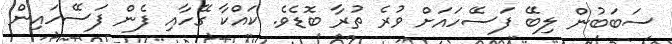
ސަބަބުން ލިބޭ ފަސޭހައަށް ވުރެ ތުރާ ބޮޑެވެ. ކައްކާ ގޭހާއި ފެން ފަސޭހައިން